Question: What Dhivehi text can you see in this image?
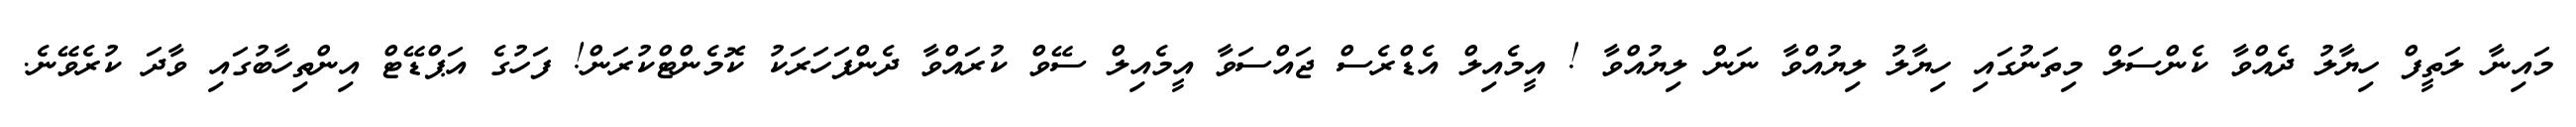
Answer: މައިނާ ލަތީފް ހިޔާލު ދެއްވާ ކެންސަލް މިތަނުގައި ހިޔާލު ލިޔުއްވާ ނަން ލިޔުއްވާ ! އީމެއިލް އެޑްރެސް ޖައްސަވާ އީމެއިލް ސޭވް ކުރައްވާ ދެންފަހަރަކު ކޮމެންޓްކުރަން! ފަހުގެ އަޕްޑޭޓް އިންތިހާބުގައި ވާދަ ކުރެވޭނެ.